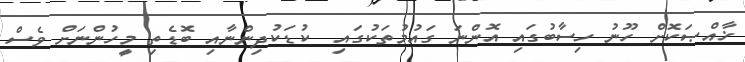
ޚާއްޞަކޮށް ހޫނު ހިސާބުގައި އޮންނަ ގައުމުތަކުގައި  ކުޑަކުދިންނާއި ބޮޑެތި މީހުންނަށް ވެސް